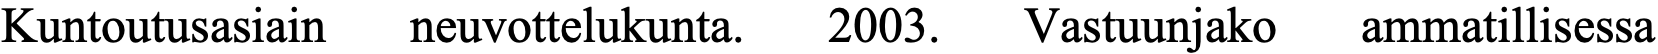
Kuntoutusasiain neuvottelukunta. 2003. Vastuunjako ammatillisessa